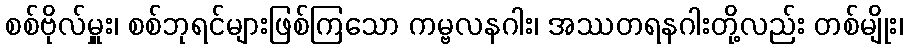
စစ်ဗိုလ်မှူး၊ စစ်ဘုရင်များဖြစ်ကြသော ကမ္ဗလနဂါး၊ အဿတရနဂါးတို့လည်း တစ်မျိုး၊